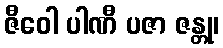
ဇီဝေါ ပါဏီ ပဇာ ဇန္တု၊